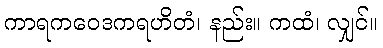
ကာရကဝေဒကရဟိတံ၊ နည်း။ ကထံ၊ လျှင်။